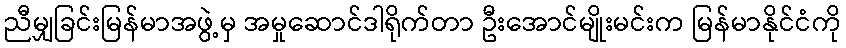
ညီမျှခြင်းမြန်မာအဖွဲ့မှ အမှုဆောင်ဒါရိုက်တာ ဦးအောင်မျိုးမင်းက မြန်မာနိုင်ငံကို